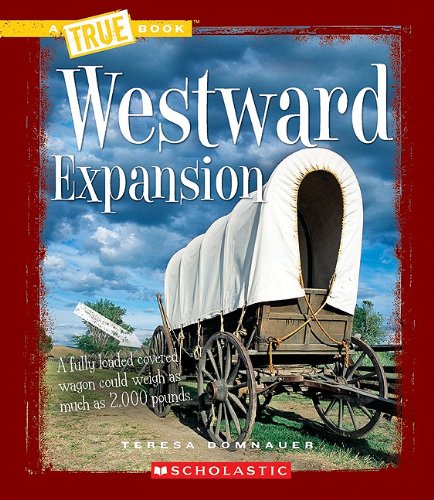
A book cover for Westward Expansion (True Books); Teresa Domnauer; Children's Books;